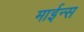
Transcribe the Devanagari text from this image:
माईन्स